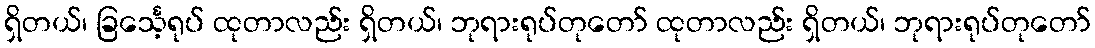
ရှိတယ်၊ ခြင်္သေ့ရုပ် ထုတာလည်း ရှိတယ်၊ ဘုရားရုပ်တုတော် ထုတာလည်း ရှိတယ်၊ ဘုရားရုပ်တုတော်